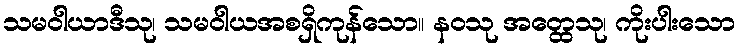
သမဝါယာဒီသု၊ သမဝါယအစရှိကုန်သော။ နဝသု အတ္ထေသု၊ ကိုးပါးသော